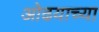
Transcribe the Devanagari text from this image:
ओढयाच्या